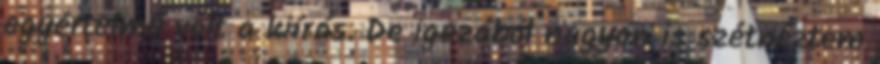
egyértelmű volt a kiírás. De igazából nagyon is szétnéztem